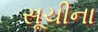
સૂચીના